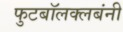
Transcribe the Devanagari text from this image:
फुटबॉलक्लबंनी